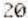
20